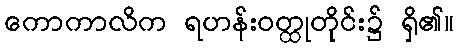
ကောကာလိက ရဟန်းဝတ္ထုတိုင်း၌ ရှိ၏။